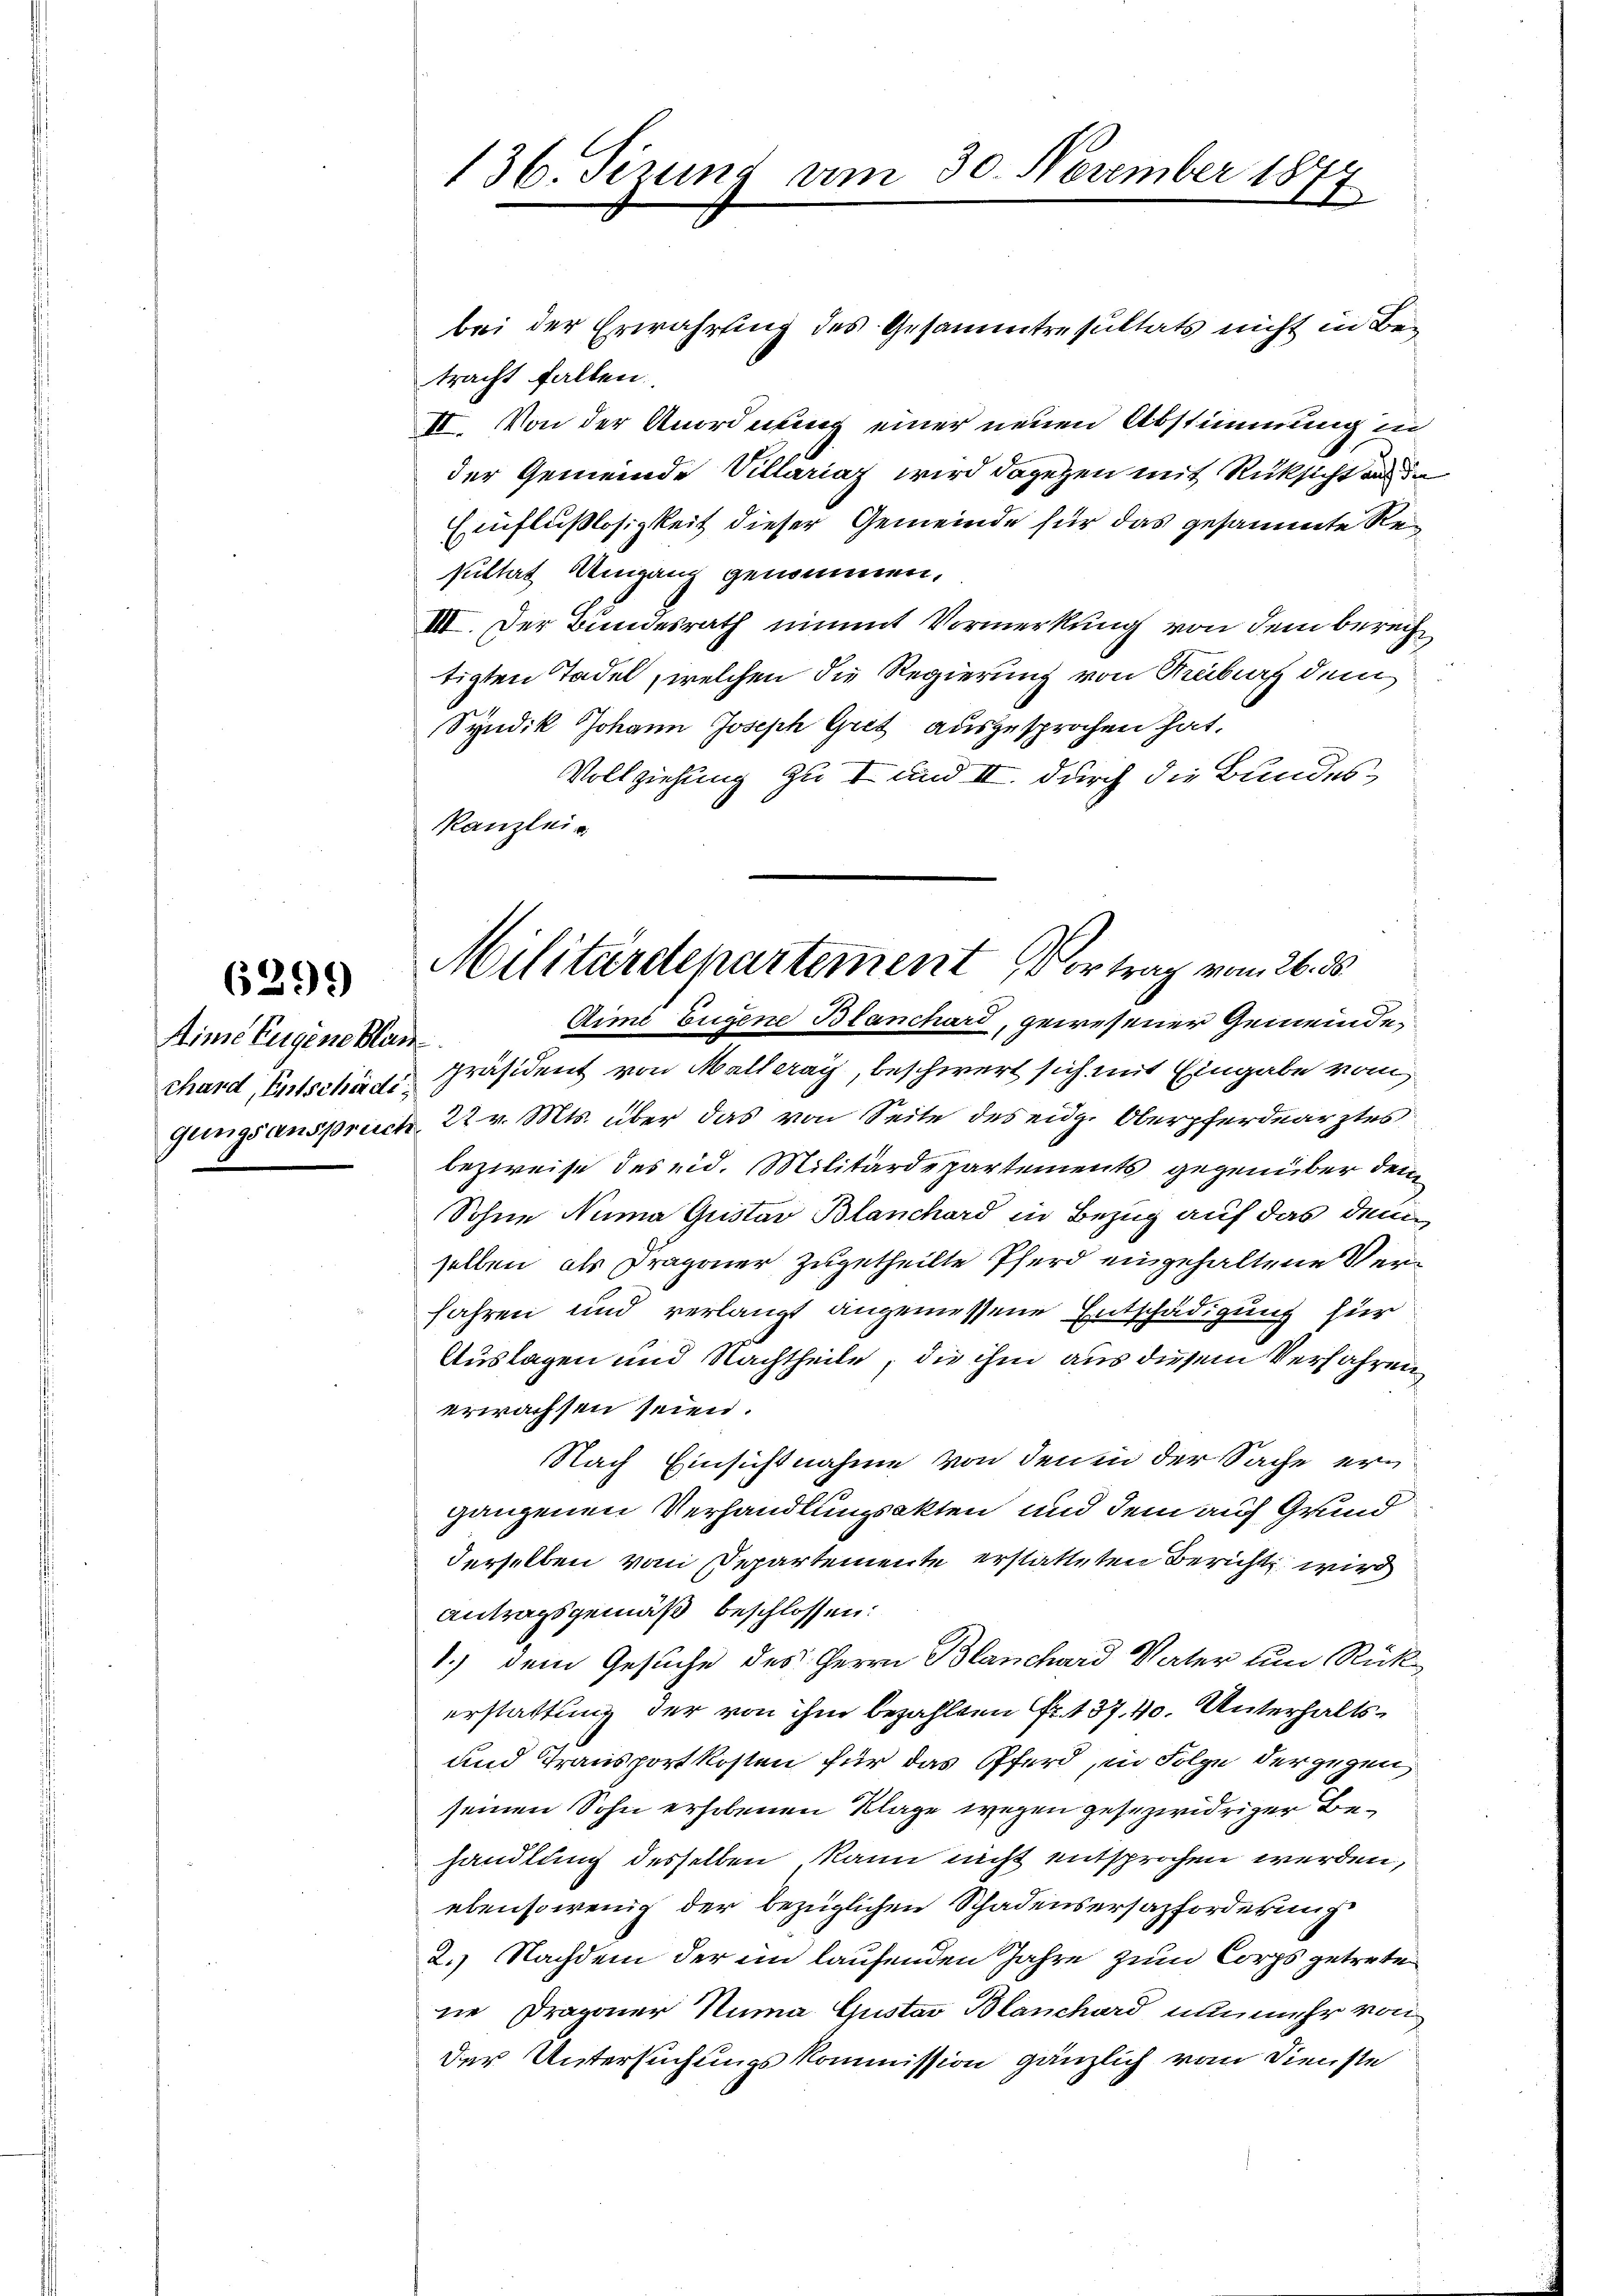
6299)

Aime Eugene Blan

tracht fallen.
II. Von der Anordnung einer neuen Abstimmung in
der Gemeinde Villariaz wird dagegen mit Rücksicht aus de
Einflußlosigkeit dieser Gemeinde für das gesammte Resultat Umgang genommen,
III. Der Bundesrath nimmt Vormerkung von dem berechtigten Tadel, welchen die Regierung von Freiburg dem
Syndik Johann Joseph Gret ausgesprochen hat.
Vollziehung zu 1 und III. durch die Bundes¬
Kanzlei-

136. Tizung vom 30. November 189
E

bei der Erwährung des Gesammtresultats nicht in Be¬

Militärdepartement Vortrag vom 26. ds.
Aime Eugene Blanchard, gewesener Gemeinde¬

thard, Entschaft Präsident von Malleray, beschwert sich mit Eingabe vom
gungsanspruch, 22 v. Mts. über das von Seite des eidg. Oberpferdearztes
bezweise des eid. Militärdepartements gegenüber dem
Sohne Numa Gustav Blanchard in Bezug auf das dem
selben als Dragoner zugetheilte Pferd eingehaltene Verfahren und verlangt angemessene Entschädigung für
Auslagen und Nachtheile, die ihm aus diesem Verfahren,
erwachsen seien.
Nach Einsichtnahme von den in der Sache erganzenen Verhandlungsakten und dem auf Grund
derselben vom Departemente erstatteten Bericht wird
Antragsgemäß beschlossen:
1.) dem Gesuche des Herrn Blanchard Vater um Rückerstattung der von ihm bezahlten Fr. 137. 40. Unterhalts¬
und Transportkosten für das Pferd in Folge der gegen
seinen Sohn erhobenen Klage wegen gesezwidriger Behandlung desselben kann nicht entsprochen werden,
ebensowenig der bezüglichen Schadensersatzforderung
2.) Nachdem der im laufenden Jahre zum Corps getrete
ne Dragoner Numa Gustav Blanchard nunmehr von
der Untersuchungskommission gänzlich vom Dienste